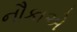
નૌકાએ